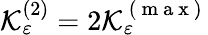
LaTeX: \mathcal{K}_{\varepsilon}^{(2)}=2\mathcal{K}_{\varepsilon}^{\mathrm{~(~m~a~x~)~}}